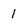
Character: l